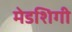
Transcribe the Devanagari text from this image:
मेडशिगी